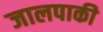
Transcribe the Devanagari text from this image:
जालपाकी